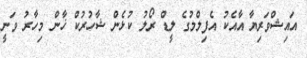
އައިޝްވަރިޔާ އާއެކު އެފިލްމުގެ ލީޑް ރޯލު ކުޅެން ޝާހުރުކް ޚާން މިހާރު ވަނީ